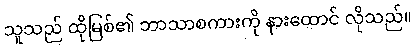
သူသည် ထိုမြစ်၏ ဘာသာစကားကို နားထောင် လိုသည်။